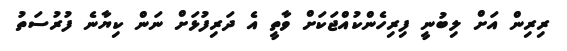
ރިރިން އަށް ލިބުނީ ފިރިހެންކުއްޖަކަށް ވާތީ އެ ދަރިފުޅަށް ނަން ކިޔާނެ ފުރުސަތު